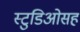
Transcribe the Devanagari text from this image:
स्टुडिओसह